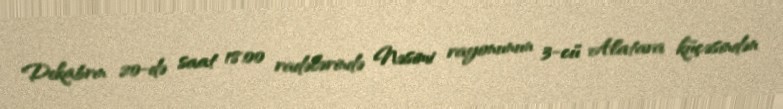
Dekabrın 20-də saat 18:00 radələrində Nəsimi rayonunun 3-cü Alatava küçəsindən